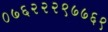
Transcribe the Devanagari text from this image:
०७६२२२९७७६९